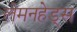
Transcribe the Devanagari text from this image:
लेमनहेड्स